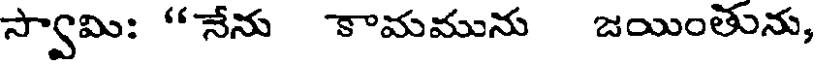
స్వామి: "నేను కామమును జయింతును,